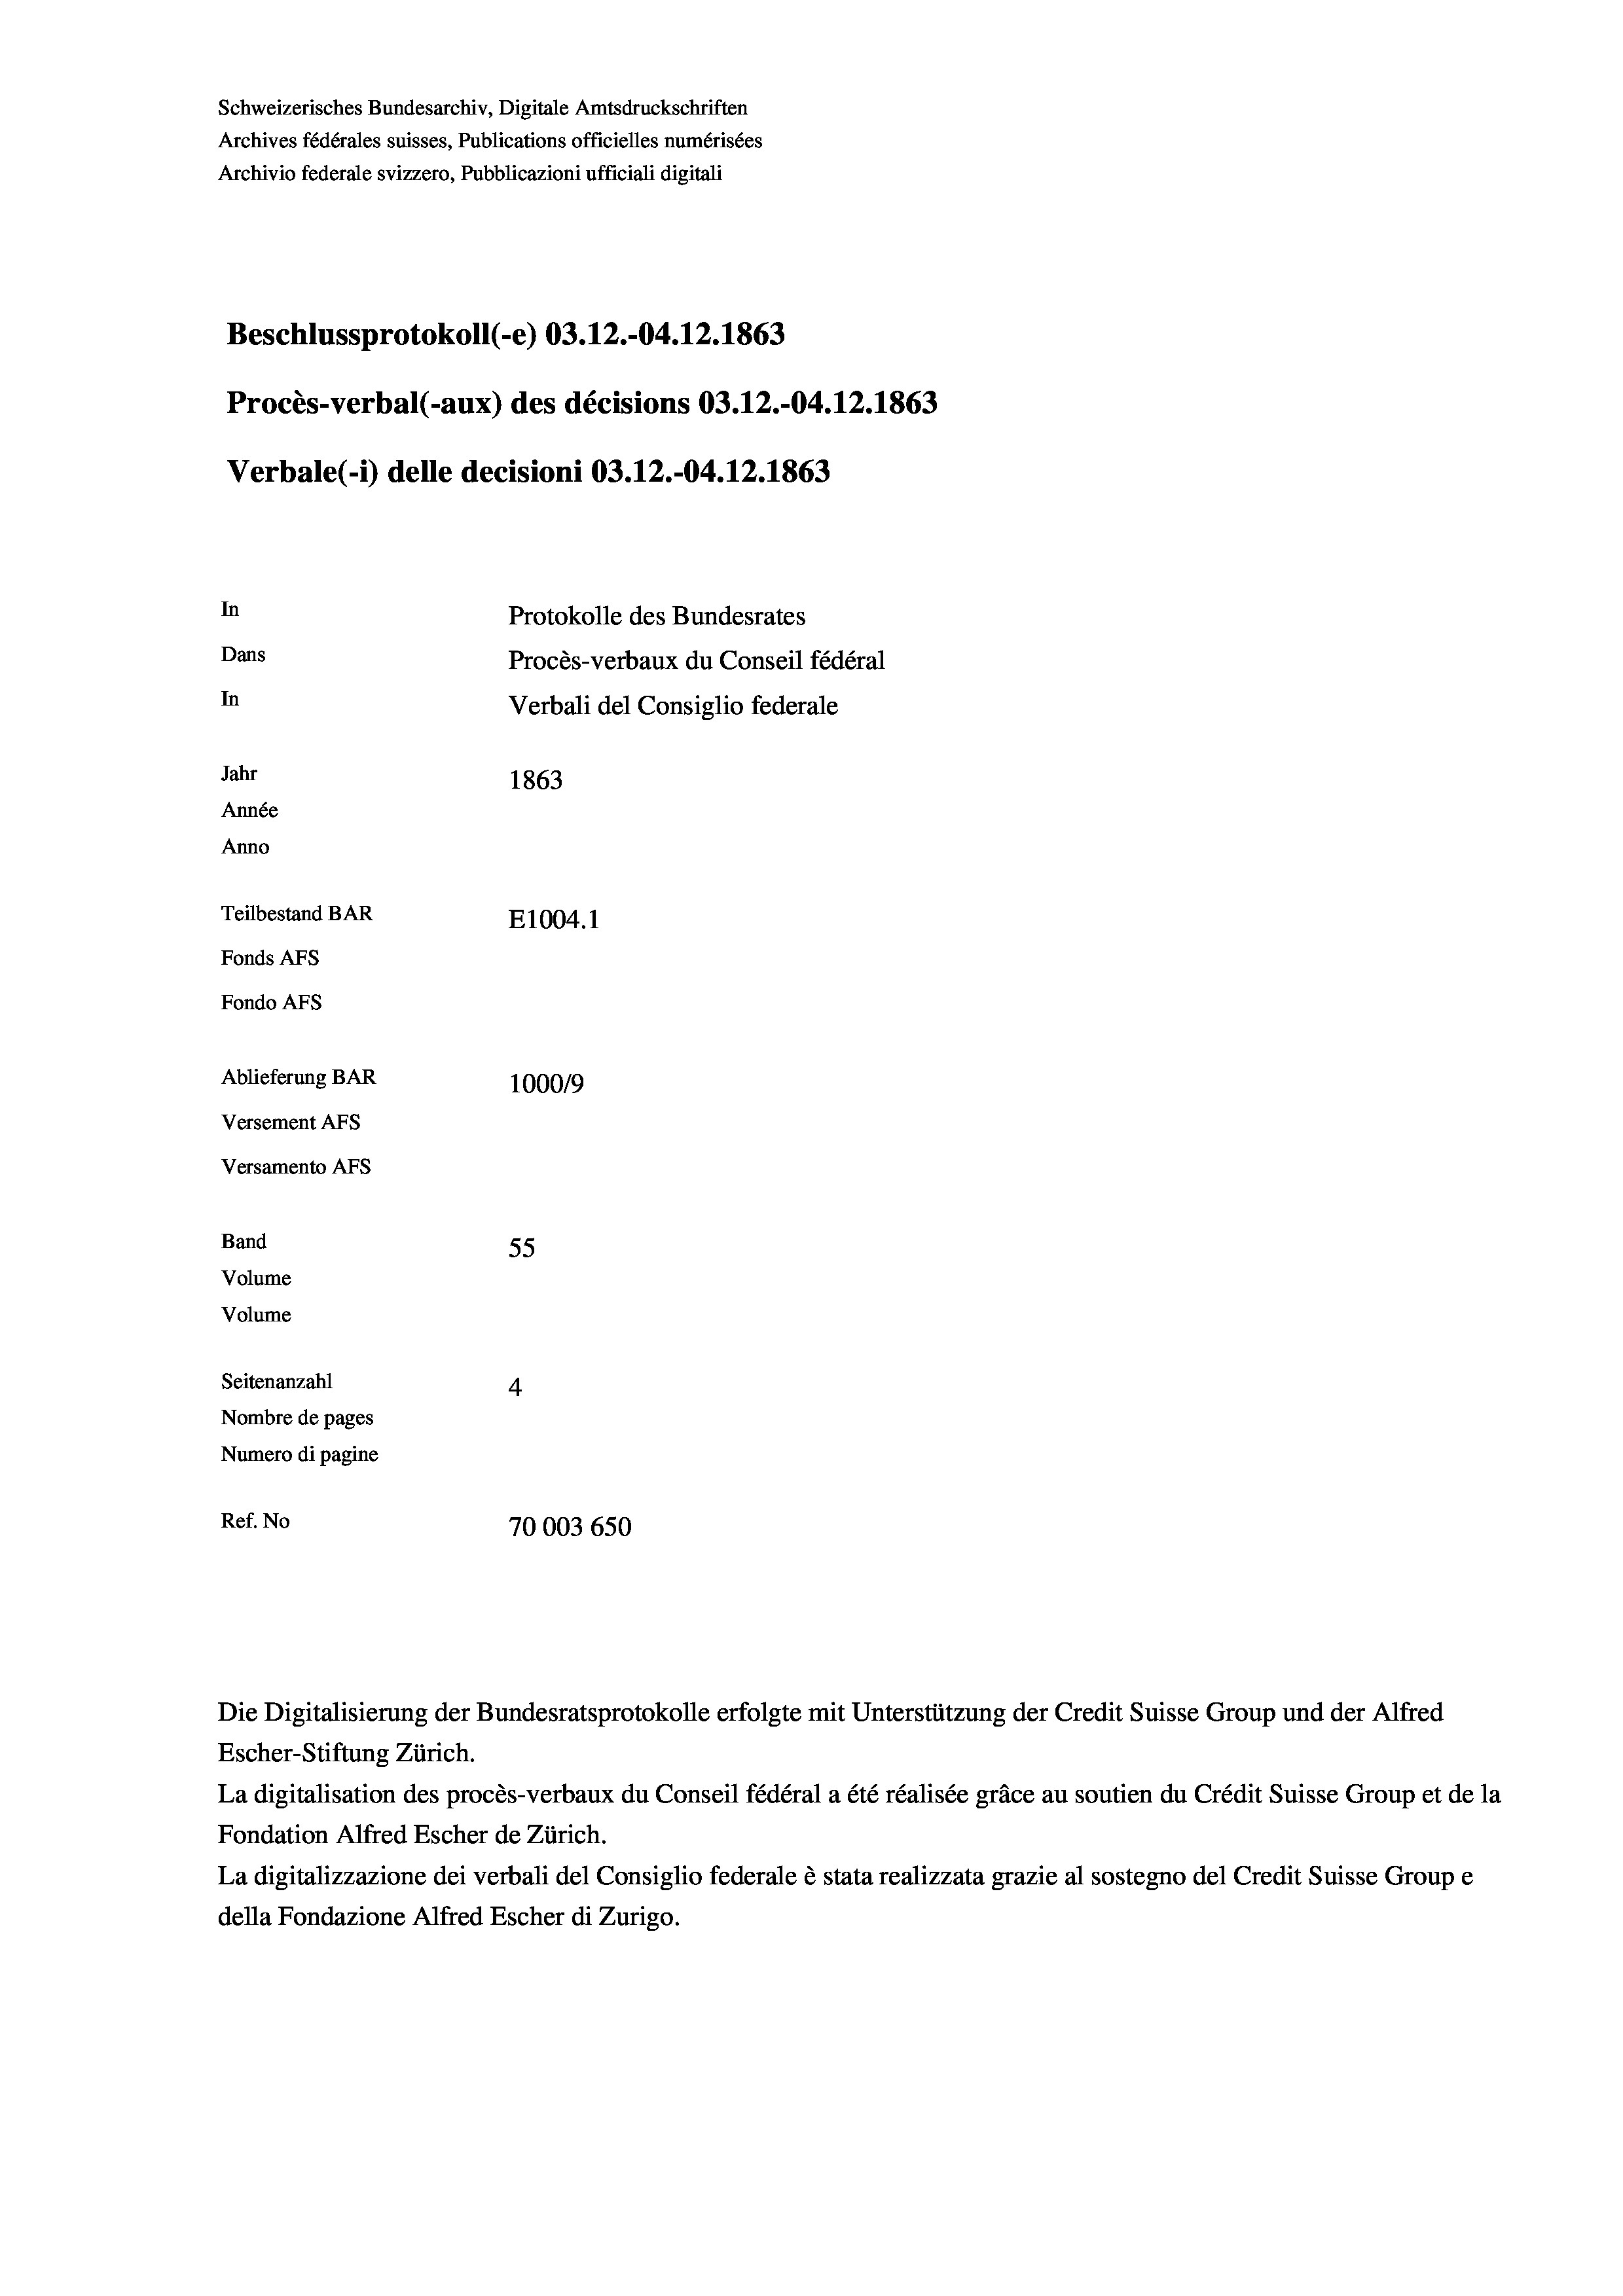
Schweizerisches Bundesarchiv, Digitale Amtsdruckschriften
Archives fédérales suisses, Publications officielles numérisées
Archivio federale svizzero, Pubblicazioni ufficiali digitali
Beschlussprotokoll (-e) 03.12.-04. 12. 1863
Procès-verbal (-aux) des décisions 03.12.-04. 12. 1863
Verbale (- 1) delle decisioni 03.12.-04. 12. 1863
In
Protokolle des Bundesrates
Dans
Procès-verbaux du Conseil fédéral
In
Verbali del Consiglio federale
Jahr
1863
Année
Anno
Teilbestand BAR
E1004.1
Fonds AFs
Fondo AFs
Ablieferung BAR
100019
Versement As
Versamento AFs
Band
55
Volume
Volume

Seitenanzahl
4
Nombre de pages
Numero di pagine
Ref. No
70003 650

Die Digitalisierung der Bundesratsprotokolle erfolgte mit Unterstützung der Credit Suisse Group und der Alfred
Escher-Stiftung Zürich.

La digitalisation des procès-verbaux du Conseil fédéral a été réalisée gräce au soutien du Crédit Suisse Group et de la
Fondation Alfred Escher de Zürich.
La digitalizzazione dei verbali del Consiglio federale è stata realizzata grazie al sostegno del Credit Suisse Groupe
della Fondazione Alfred Escher di Zurigo.